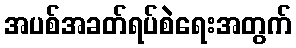
အပစ်အခတ်ရပ်စဲရေးအတွက်